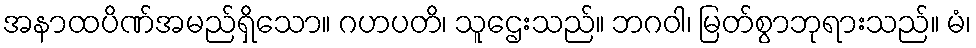
အနာထပိဏ်အမည်ရှိသော။ ဂဟပတိ၊ သူဌေးသည်။ ဘဂဝါ၊ မြတ်စွာဘုရားသည်။ မံ၊